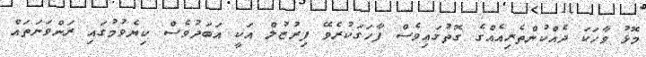
މޮޅު ވާހަކަ ދެއްކުންތެރިއެއްގެ ގޮތުގައިވެސް ފާހަގަކުރެވޭ ފިރުޒުލް އަކީ އަބަދުވެސް ކިޔެވުމުގައި ރަންވަނަތައް